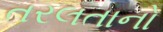
તરલતાનો